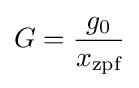
G={\frac {g_{0}}{x_{\text{zpf}}}}